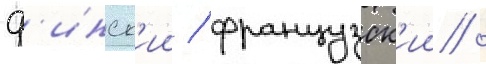
ф'инск'ии / французск'ии /